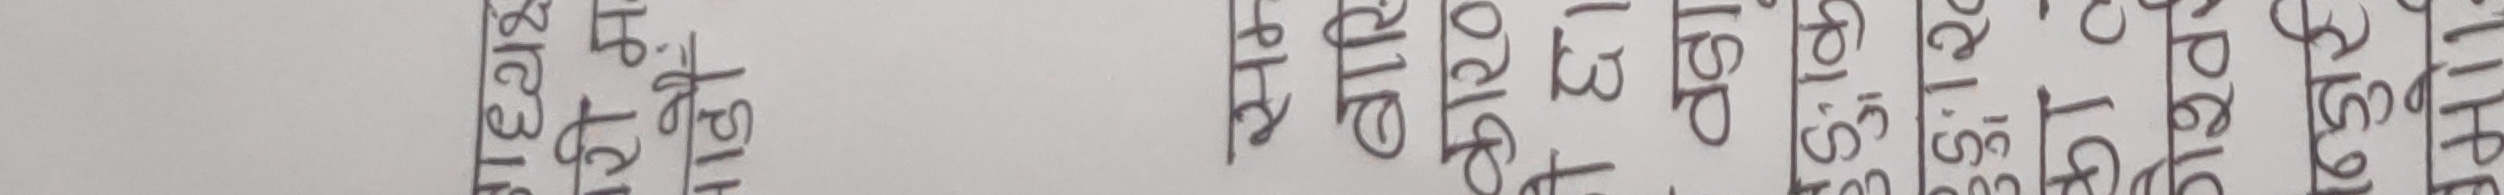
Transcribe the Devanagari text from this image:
ओलटार
ओखलढुङ्गा
ओ.बि.सि. 121.60
ओबिसी १.५८